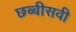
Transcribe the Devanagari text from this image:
छब्बीसवी